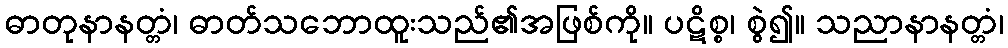
ဓာတုနာနတ္တံ၊ ဓာတ်သဘောထူးသည်၏အဖြစ်ကို။ ပဋိစ္စ၊ စွဲ၍။ သညာနာနတ္တံ၊